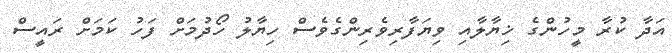
އަދާ ކުރާ މީހުންގެ ޚިޔާލާއި ވިޔަފާރިވެރިންގެވެސް ހިޔާލު ހޯދުމަށް ފަހު ކަމަށް ރައީސް